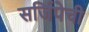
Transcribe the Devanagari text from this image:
सर्जिपेची